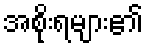
အစိုးရများ၏